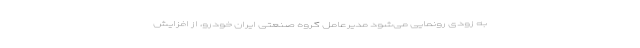
به زودی رونمایی می‌شود مدیرعامل گروه صنعتی ایران خودرو، از افزایش